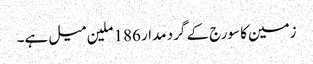
زمین کا سورج کے گرد مدار 186 ملین میل ہے۔